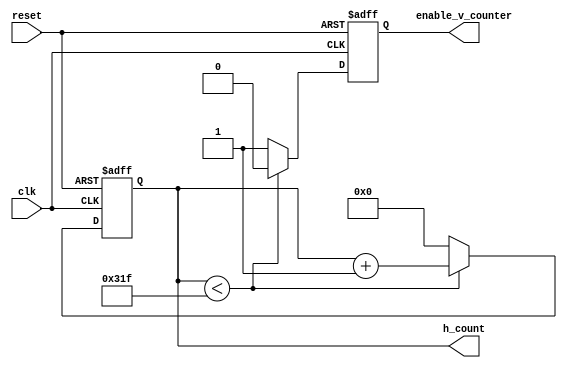
module horizontal_counter( reset, clk, enable_v_counter, h_count );
    input            reset, clk;                     // pixel clock: 25MHz
    output reg       enable_v_counter;
    output reg [9:0] h_count;                        // default value [15:0]
     
    initial begin
        enable_v_counter <= 1'b0;
        h_count          <= 10'd0;
    end

    always @ (posedge clk or posedge reset) begin
        if( reset ) begin
            h_count <= 10'd0;
            enable_v_counter <= 1'b0;
	    end      
        else if (h_count < 10'd799) begin 
            h_count          <= h_count + 1'b1;
            enable_v_counter <= 1'b0;               // disable vertical counter 
        end
        else begin
            h_count          <= 1'b0;               // reset horizontal counter
            enable_v_counter <= 1'b1;               // trigger vertical counter
        end
    end
endmodule